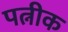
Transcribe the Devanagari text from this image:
पत्नीक